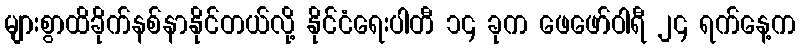
များစွာထိခိုက်နစ်နာနိုင်တယ်လို့ နိုင်ငံရေးပါတီ ၁၄ ခုက ဖေဖော်ဝါရီ ၂၄ ရက်နေ့က